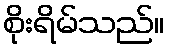
စိုးရိမ်သည်။